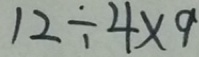
1 2 \div 4 \times 9